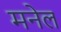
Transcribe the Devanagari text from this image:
मनेल